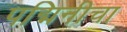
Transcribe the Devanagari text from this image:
पद्मिनीचा